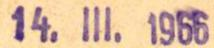
14.III.1966